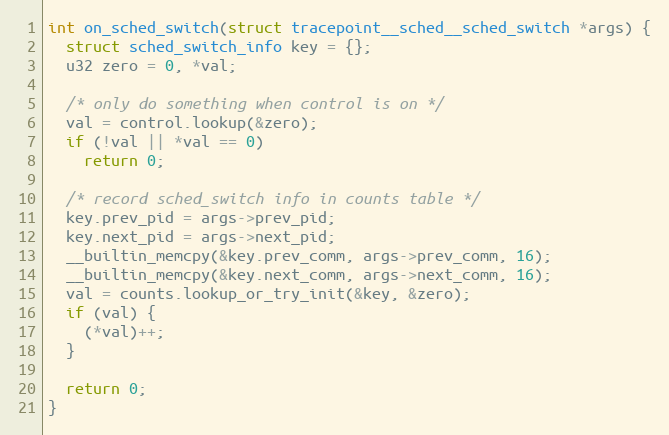
Language: C++
int on_sched_switch(struct tracepoint__sched__sched_switch *args) {
  struct sched_switch_info key = {};
  u32 zero = 0, *val;

  /* only do something when control is on */
  val = control.lookup(&zero);
  if (!val || *val == 0)
    return 0;

  /* record sched_switch info in counts table */
  key.prev_pid = args->prev_pid;
  key.next_pid = args->next_pid;
  __builtin_memcpy(&key.prev_comm, args->prev_comm, 16);
  __builtin_memcpy(&key.next_comm, args->next_comm, 16);
  val = counts.lookup_or_try_init(&key, &zero);
  if (val) {
    (*val)++;
  }

  return 0;
}